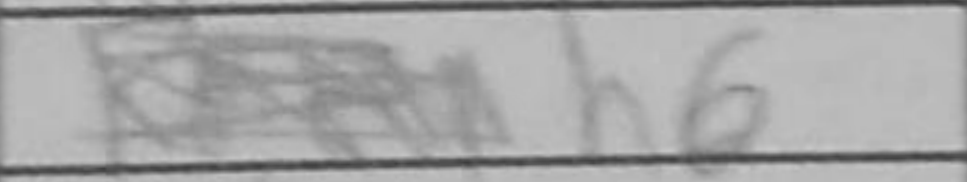
Transcription: h6